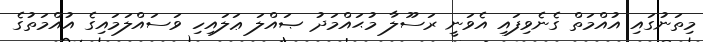
މިތަނުގައި އުއްމަތް ގެނެވިފައި އެވަނީ ރަސޫލާ މުޙައްމަދު ޞައްލަ ޢަލައިހި ވަސައްލަމައިގެ އުއްމަތުގެ